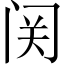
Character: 𬮦